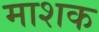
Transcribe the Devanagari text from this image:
माशक